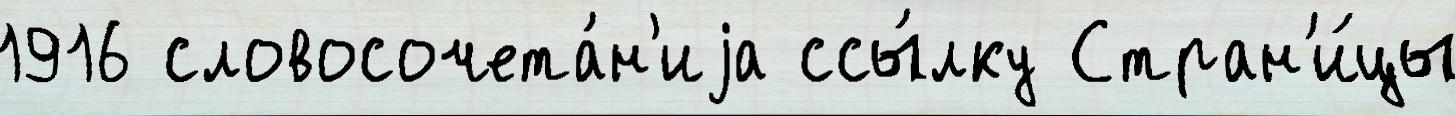
1916 словосочета́н'иjа ссы́лку Стран'и́цы